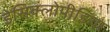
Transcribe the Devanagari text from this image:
डेसिक्लोपीडिया